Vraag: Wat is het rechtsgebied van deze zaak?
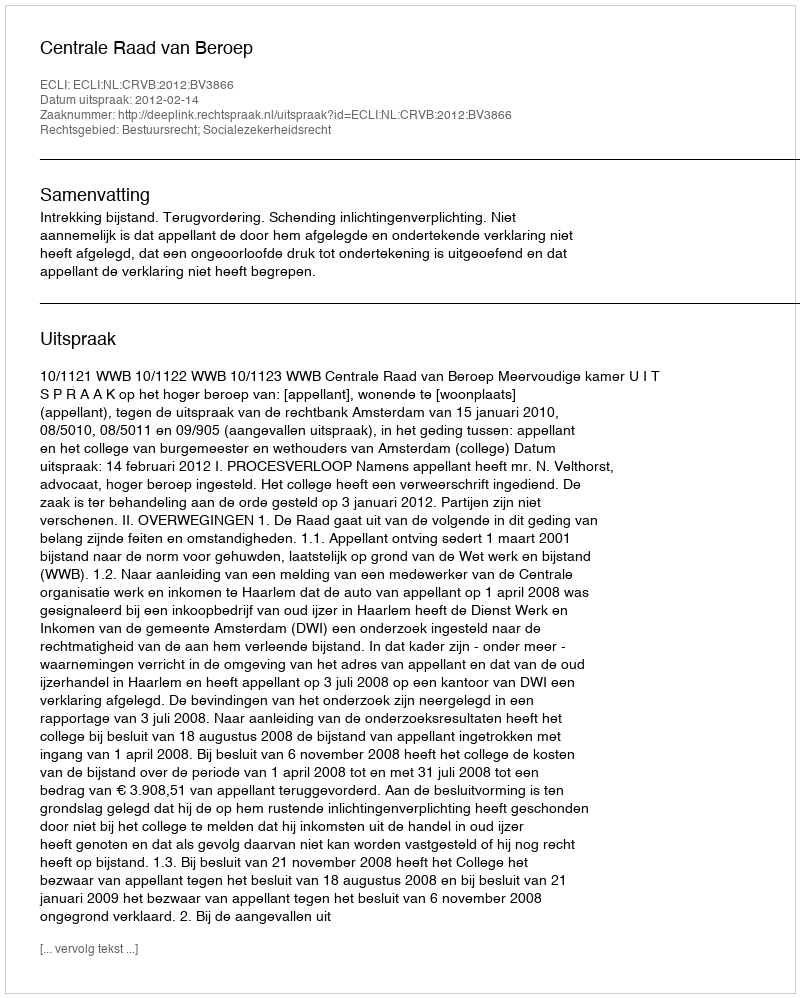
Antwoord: Bestuursrecht; Socialezekerheidsrecht